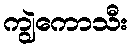
ကျွဲကောသီး